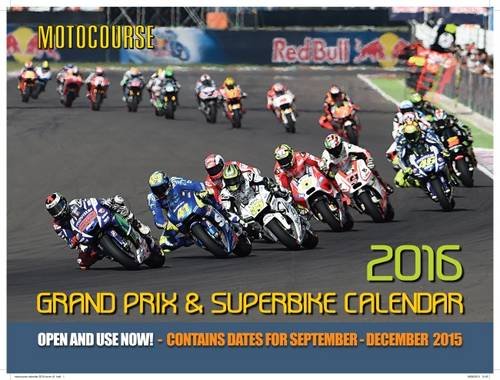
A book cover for Motocourse 2016 Grand Prix & Superbike Calendar: Contains Dates for September - December 2015; Sports & Outdoors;